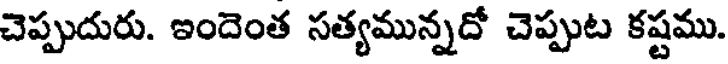
చెప్పుదురు. ఇందెంత సత్యమున్నదో చెప్పుట కష్టము.